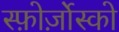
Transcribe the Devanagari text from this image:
स्फ़ोर्ज़ोस्को